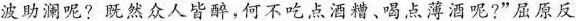
波助澜呢?既然众人皆醉，何不吃点酒糟、喝点薄酒呢?”屈原反